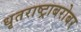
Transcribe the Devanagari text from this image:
धृतराष्ट्राबरोबर